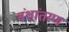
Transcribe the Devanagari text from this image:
वंशांतरण